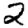
Digit: 2